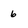
Character: 6